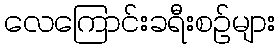
လေကြောင်းခရီးစဉ်များ